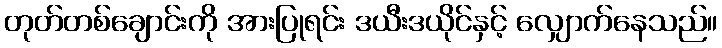
တုတ်တစ်ချောင်းကို အားပြုရင်း ဒယီးဒယိုင်နှင့် လျှောက်နေသည်။